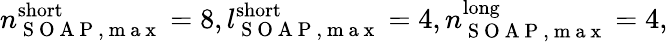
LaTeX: n_{\mathrm{~S~O~A~P~,~m~a~x~}}^{\mathrm{short}}=8,l_{\mathrm{~S~O~A~P~,~m~a~x~}}^{\mathrm{short}}=4,n_{\mathrm{~S~O~A~P~,~m~a~x~}}^{\mathrm{long}}=4,